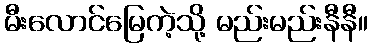
မီးလောင်မြေကဲ့သို့ မည်းမည်းနီနီ။